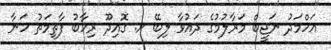
އަހްމަދު ނަޖީބް މަރާލުމުގެ ދައުވާ ލިބޭ ށ. ގޮއިދޫ ރިހާބު ފާތިމަތު ހަނާ